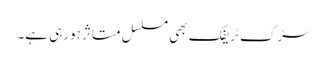
سڑک ٹریفک بھی مسلسل متاثر ہورہی ہے۔